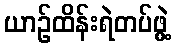
ယာဉ်ထိန်းရဲတပ်ဖွဲ့